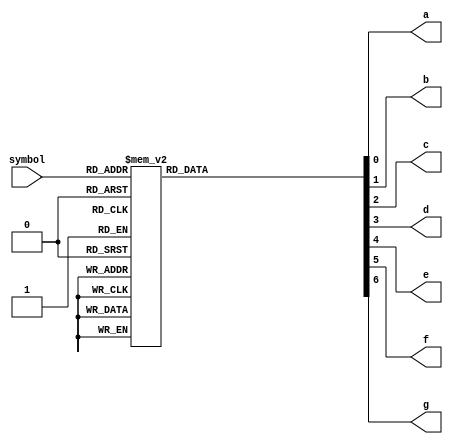
//*************************************************//
//             University of Thessaly              //
//                                                 //
//            ECE 340 Embedded Systems             //
//                                                 //
//                      Lab 1                      //
//       32-bit Floating Point Addition Unit       //
//*************************************************//
//          Topali Konstantina AEM: 2823           //
//                                                 //
// Contact: kyspyridon@uth.gr                      //
//          tokonstantina@uth.gr                   //
//*************************************************//
// Supervising Professor: Dr. Nikolaos Bellas      //
// Laboratory Assistant: Alexandros Patras         //
//*************************************************//

`timescale 1ns/10ps

module LED_decoder(symbol, a, b, c, d, e, f, g);

input [3:0] symbol;
output a, b, c, d, e, f, g;

reg a, b, c, d, e, f, g;
wire dp;

// Multiplexer for the representation of the hex number      //
// that are printed in// the screen of the 7-segment display //
// We use a case block to initialize the a, b, c, d, e, f, g //
// LEDs with the representations of the hex digits           //
// (1 through f).                                            //
always @(symbol)
  begin
     case(symbol)
        4'b0000:  // char is 0 //
          begin
            a <= 1'b1;
            b <= 1'b1;
            c <= 1'b1;
            d <= 1'b1;
            e <= 1'b1;
            f <= 1'b1;
            g <= 1'b0;
          end
        4'b0001:  // char is 1 //
          begin
            a <= 1'b0;
            b <= 1'b1;
            c <= 1'b1;
            d <= 1'b0;
            e <= 1'b0;
            f <= 1'b0;
            g <= 1'b0;
          end
        4'b0010:  // char is 2 //
          begin
            a <= 1'b1;
            b <= 1'b1;
            c <= 1'b0;
            d <= 1'b1;
            e <= 1'b1;
            f <= 1'b0;
            g <= 1'b1;
          end
        4'b0011:  // char is 3 //
          begin
            a <= 1'b1;
            b <= 1'b1;
            c <= 1'b1;
            d <= 1'b1;
            e <= 1'b0;
            f <= 1'b0;
            g <= 1'b1;
          end
        4'b0100:  // char is 4 //
          begin
            a <= 1'b0;
            b <= 1'b1;
            c <= 1'b1;
            d <= 1'b0;
            e <= 1'b0;
            f <= 1'b1;
            g <= 1'b1;
          end
        4'b0101:  // char is 5 //
          begin
            a <= 1'b1;
            b <= 1'b0;
            c <= 1'b1;
            d <= 1'b1;
            e <= 1'b0;
            f <= 1'b1;
            g <= 1'b1;
          end
        4'b0110:  // char is 6 //
          begin
            a <= 1'b1;
            b <= 1'b0;
            c <= 1'b1;
            d <= 1'b1;
            e <= 1'b1;
            f <= 1'b1;
            g <= 1'b1;
          end
        4'b0111:  // char is 7 //
          begin
            a <= 1'b1;
            b <= 1'b1;
            c <= 1'b1;
            d <= 1'b0;
            e <= 1'b0;
            f <= 1'b1;
            g <= 1'b0;
          end
        4'b1000:  // char is 8 //
          begin
            a <= 1'b1;
            b <= 1'b1;
            c <= 1'b1;
            d <= 1'b1;
            e <= 1'b1;
            f <= 1'b1;
            g <= 1'b1;
          end
        4'b1001:  // char is 9 //
          begin
            a <= 1'b1;
            b <= 1'b1;
            c <= 1'b1;
            d <= 1'b1;
            e <= 1'b0;
            f <= 1'b1;
            g <= 1'b1;
          end
        4'b1010:  // char is a //
          begin
            a <= 1'b1;
            b <= 1'b1;
            c <= 1'b1;
            d <= 1'b0;
            e <= 1'b1;
            f <= 1'b1;
            g <= 1'b1;
          end
        4'b1011:  // char is b //
          begin
            a <= 1'b0;
            b <= 1'b0;
            c <= 1'b1;
            d <= 1'b1;
            e <= 1'b1;
            f <= 1'b1;
            g <= 1'b1;
          end
        4'b1100:  // char is c //
          begin
            a <= 1'b0;
            b <= 1'b0;
            c <= 1'b0;
            d <= 1'b1;
            e <= 1'b1;
            f <= 1'b0;
            g <= 1'b1;
          end
        4'b1101:  // char is d //
          begin
            a <= 1'b0;
            b <= 1'b1;
            c <= 1'b1;
            d <= 1'b1;
            e <= 1'b1;
            f <= 1'b0;
            g <= 1'b1;
          end
        4'b1110:  // char is E //
          begin
            a <= 1'b1;
            b <= 1'b0;
            c <= 1'b0;
            d <= 1'b1;
            e <= 1'b1;
            f <= 1'b1;
            g <= 1'b1;
          end
        4'b1111:  // char is F //
          begin
            a <= 1'b1;
            b <= 1'b0;
            c <= 1'b0;
            d <= 1'b0;
            e <= 1'b1;
            f <= 1'b1;
            g <= 1'b1;
          end
        endcase
  end

endmodule